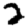
Digit: 2